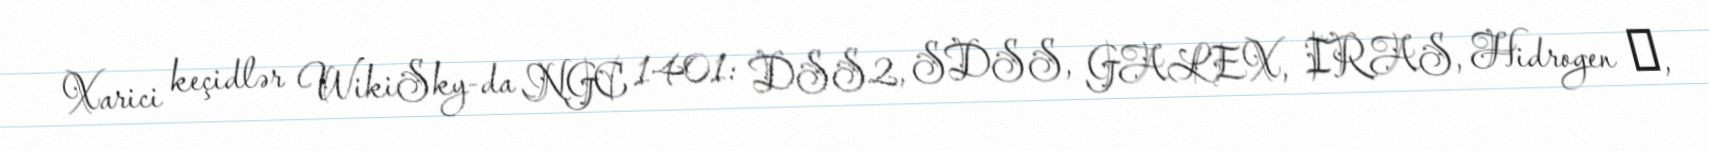
Xarici keçidlər WikiSky-da NGC 1401: DSS2, SDSS, GALEX, IRAS, Hidrogen α,